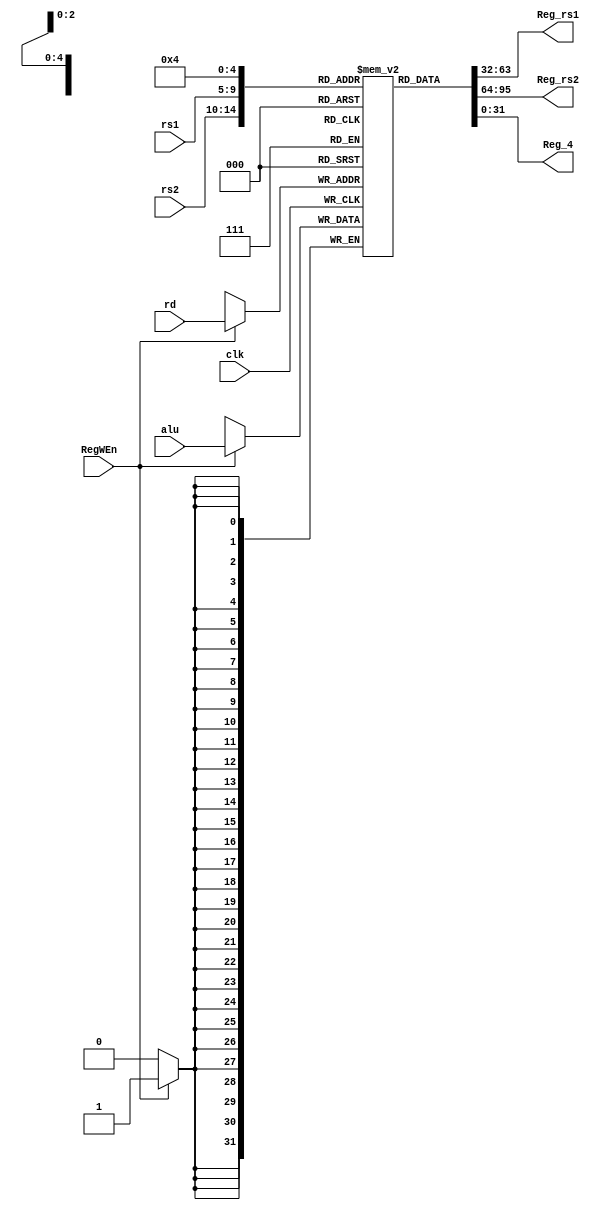
`timescale 1ns/1ns

module RegisterFile(rs1,rs2,clk, Reg_rs1, Reg_rs2, RegWEn, rd, alu, Reg_4);
    input clk;
    input [31:0] alu;
    input  [4:0] rs1, rs2, rd;
    input RegWEn;
    output reg [31:0] Reg_rs1, Reg_rs2, Reg_4;

    reg [31:0] regfile [31:0]; // AN array of 32 registers of 32 bits
    
    
          initial begin
                 Reg_rs1 = 0;
                 Reg_rs2 = 0;
                 regfile[0]  = 32'h0000_0000;
                 regfile[1]  = 32'h0000_0000;
                 regfile[2]  = 32'h0000_0000;
                 regfile[3]  = 32'h0000_0000;
                 regfile[4]  = 32'h0000_0000;
                 regfile[5]  = 32'h0000_0000;
                 regfile[6]  = 32'h0000_0000;
                 regfile[7]  = 32'h0000_0000;
                 regfile[8]  = 32'h0000_0000;
                 regfile[9]  = 32'h0000_0000;
                 regfile[10] = 32'h0000_0000;
                 regfile[11] = 32'h0000_0000;
                 regfile[12] = 32'h0000_0000;
                 regfile[13] = 32'h0000_0000;
                 regfile[14] = 32'h0000_0000;
                 regfile[15] = 32'h0000_0000;
                 regfile[16] = 32'h0000_0000;
                 regfile[17] = 32'h0000_0000;
                 regfile[18] = 32'h0000_0000;
                 regfile[19] = 32'h0000_0000;
                 regfile[20] = 32'h0000_0000;
                 regfile[21] = 32'h0000_0000;
                 regfile[22] = 32'h0000_0000;
                 regfile[23] = 32'h0000_0000;
                 regfile[24] = 32'h0000_0000;
                 regfile[25] = 32'h0000_0000;
                 regfile[26] = 32'h0000_0000;
                 regfile[27] = 32'h0000_0000;
                 regfile[28] = 32'h0000_0000;
                 regfile[29] = 32'h0000_0000;
                 regfile[30] = 32'h0000_0000;
                 regfile[31] = 32'h0000_0000;
            end
    
    always @(posedge clk)
    begin
        if (RegWEn)
            regfile[rd] = alu;                     
    end
    
    always @(*)
    begin
    Reg_rs2 = regfile[rs2];    
    Reg_rs1 = regfile[rs1];
    Reg_4 = regfile[4];
    end
endmodule